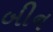
બીન